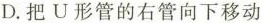
D.把U形管的右管向下移动